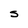
Character: s